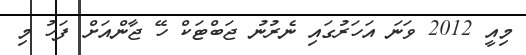
މިއީ 2012 ވަނަ އަހަރުގައި ނެރުނު ޖަބްޓަކް ހޭ ޖާންއަށް ފަހު މި